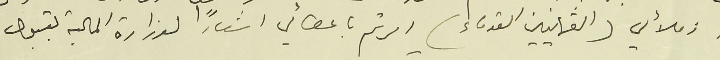
به زملائي (العثمانيين القدماء) امرتم باعطائي اشعاراً لوزارة المالية بقبول